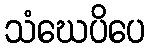
သံဃေပိပေ